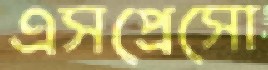
এসপ্রেসো